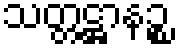
သတ္တဋ္ဌာနဉ္စ